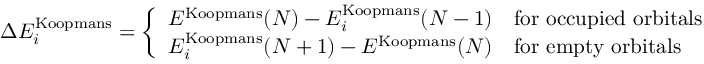
\Delta E _ { i } ^ { \mathrm { K o o p m a n s } } = \left\{ \begin{array} { l l } { E ^ { \mathrm { K o o p m a n s } } ( N ) - E _ { i } ^ { \mathrm { K o o p m a n s } } ( N - 1 ) } & { \mathrm { f o r ~ o c c u p i e d ~ o r b i t a l s } } \\ { E _ { i } ^ { \mathrm { K o o p m a n s } } ( N + 1 ) - E ^ { \mathrm { K o o p m a n s } } ( N ) } & { \mathrm { f o r ~ e m p t y ~ o r b i t a l s } } \end{array} \right.